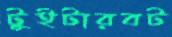
টুইটারবট